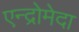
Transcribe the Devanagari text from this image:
एन्द्रोमेदा